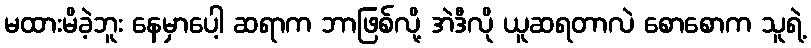
မထားမိခဲ့ဘူး နေမှာပေါ့ ဆရာက ဘာဖြစ်လို့ အဲဒီလို ယူဆရတာလဲ စောစောက သူရဲ့